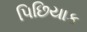
પિછિયાક